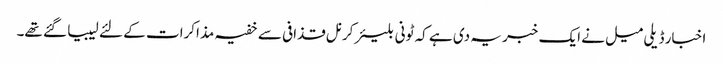
اخبار ڈیلی میل نے ایک خبر یہ دی ہے کہ ٹونی بلیئر کرنل قذافی سے خفیہ مذاکرات کے لئے لیبیا گئے تھے۔